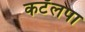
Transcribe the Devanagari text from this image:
कटॅलपा